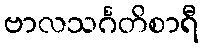
ဗာလသင်္ဂတိစာရီ